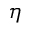
\eta